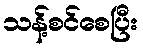
သန့်စင်စေပြီး